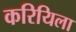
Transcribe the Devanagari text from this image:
करियिला